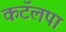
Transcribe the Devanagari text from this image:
कटॅलपा